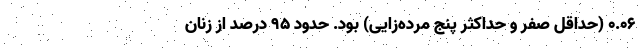
۰.۰۶ (حداقل صفر و حداکثر پنج مرده‌زایی) بود. حدود ۹۵ درصد از زنان